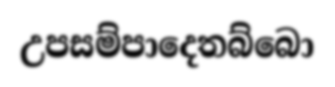
උපසම්පාදෙතබ්බො